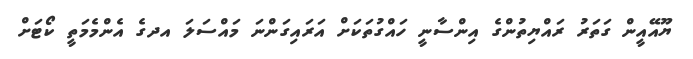
ޔޫއޭއީން ގަތަރު ރައްޔިތުންގެ އިންސާނީ ހައްގުތަކަށް އަރައިގަންނަ މައްސަލަ އދގެ އެންމެމަތީ ކޯޓަށް